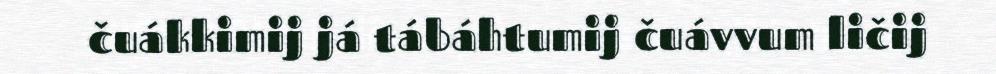
čuákkimij já tábáhtumij čuávvum ličij